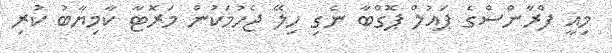
މިއީ ފްރާންސްގެ ޕައުލް ޕޮގްބާ ނެގި ހިލޭ ޖެހުމަކުން މަރޮޓާ ކާމިޔާބު ކުރި